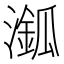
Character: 𣿿